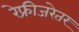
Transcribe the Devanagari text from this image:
रेफ्रीजरेतर